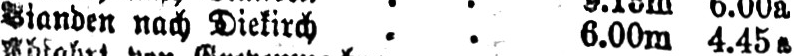
Vianden nach Diekirch .. 6.00m 4.45a